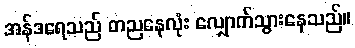
အန်ဒရေသည် တညနေလုံး လျှောက်သွားနေသည်။